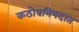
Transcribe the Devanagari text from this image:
कठोपनिषदात